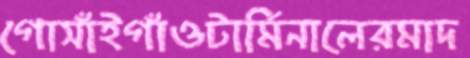
গোসাঁইগাঁওটার্মিনালেরমাদ